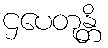
ဌပေတုန္တိ